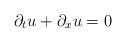
LaTeX: \begin{align*}\partial_t u +\partial_x u=0\end{align*}